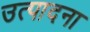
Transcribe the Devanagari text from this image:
उत्पादना